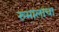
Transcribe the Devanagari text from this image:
रुमालाचा